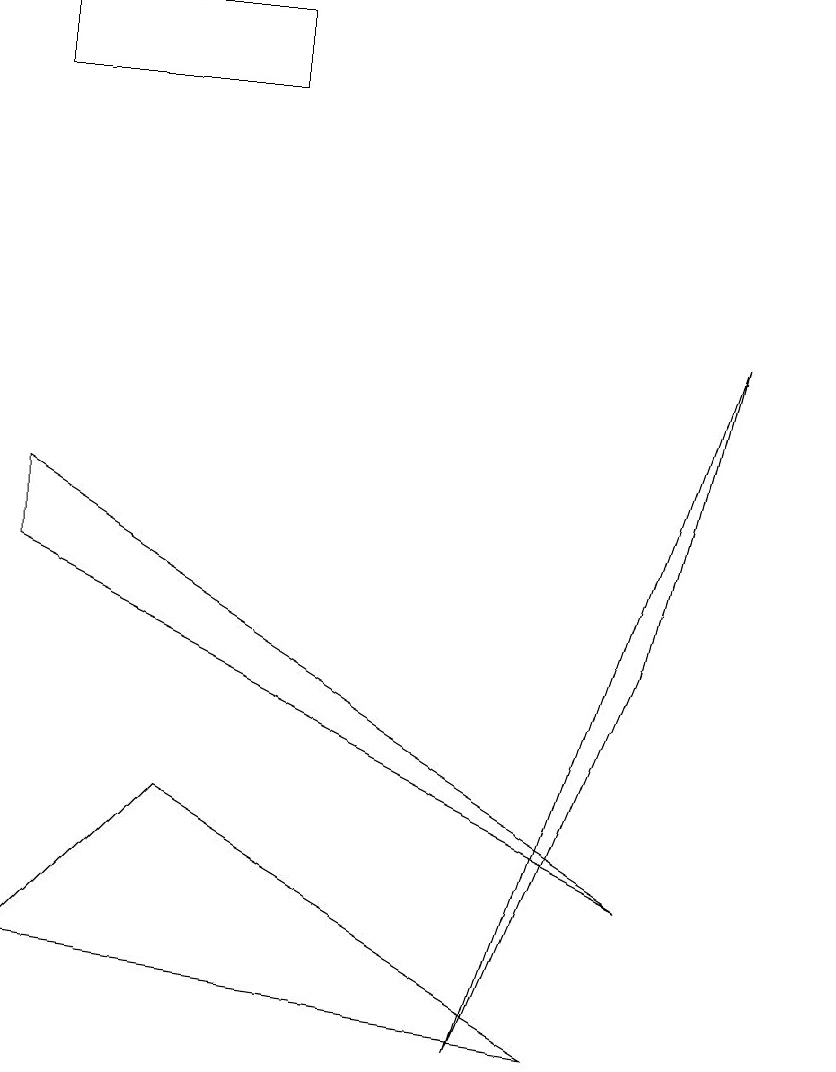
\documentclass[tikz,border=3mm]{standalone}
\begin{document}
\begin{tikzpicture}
\draw (10,10) circle (0);
\draw (3,12) rectangle (0,13);
\draw (0,6) -- (8,2) -- (0,7) -- cycle;
\draw (8,5) -- (9,9) -- (6,0) -- cycle;
\draw (0,1) -- (7,0) -- (2,3) -- cycle;
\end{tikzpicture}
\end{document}